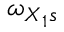
\omega _ { X { _ 1 s } }